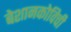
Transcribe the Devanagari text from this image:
बेशानकोविची